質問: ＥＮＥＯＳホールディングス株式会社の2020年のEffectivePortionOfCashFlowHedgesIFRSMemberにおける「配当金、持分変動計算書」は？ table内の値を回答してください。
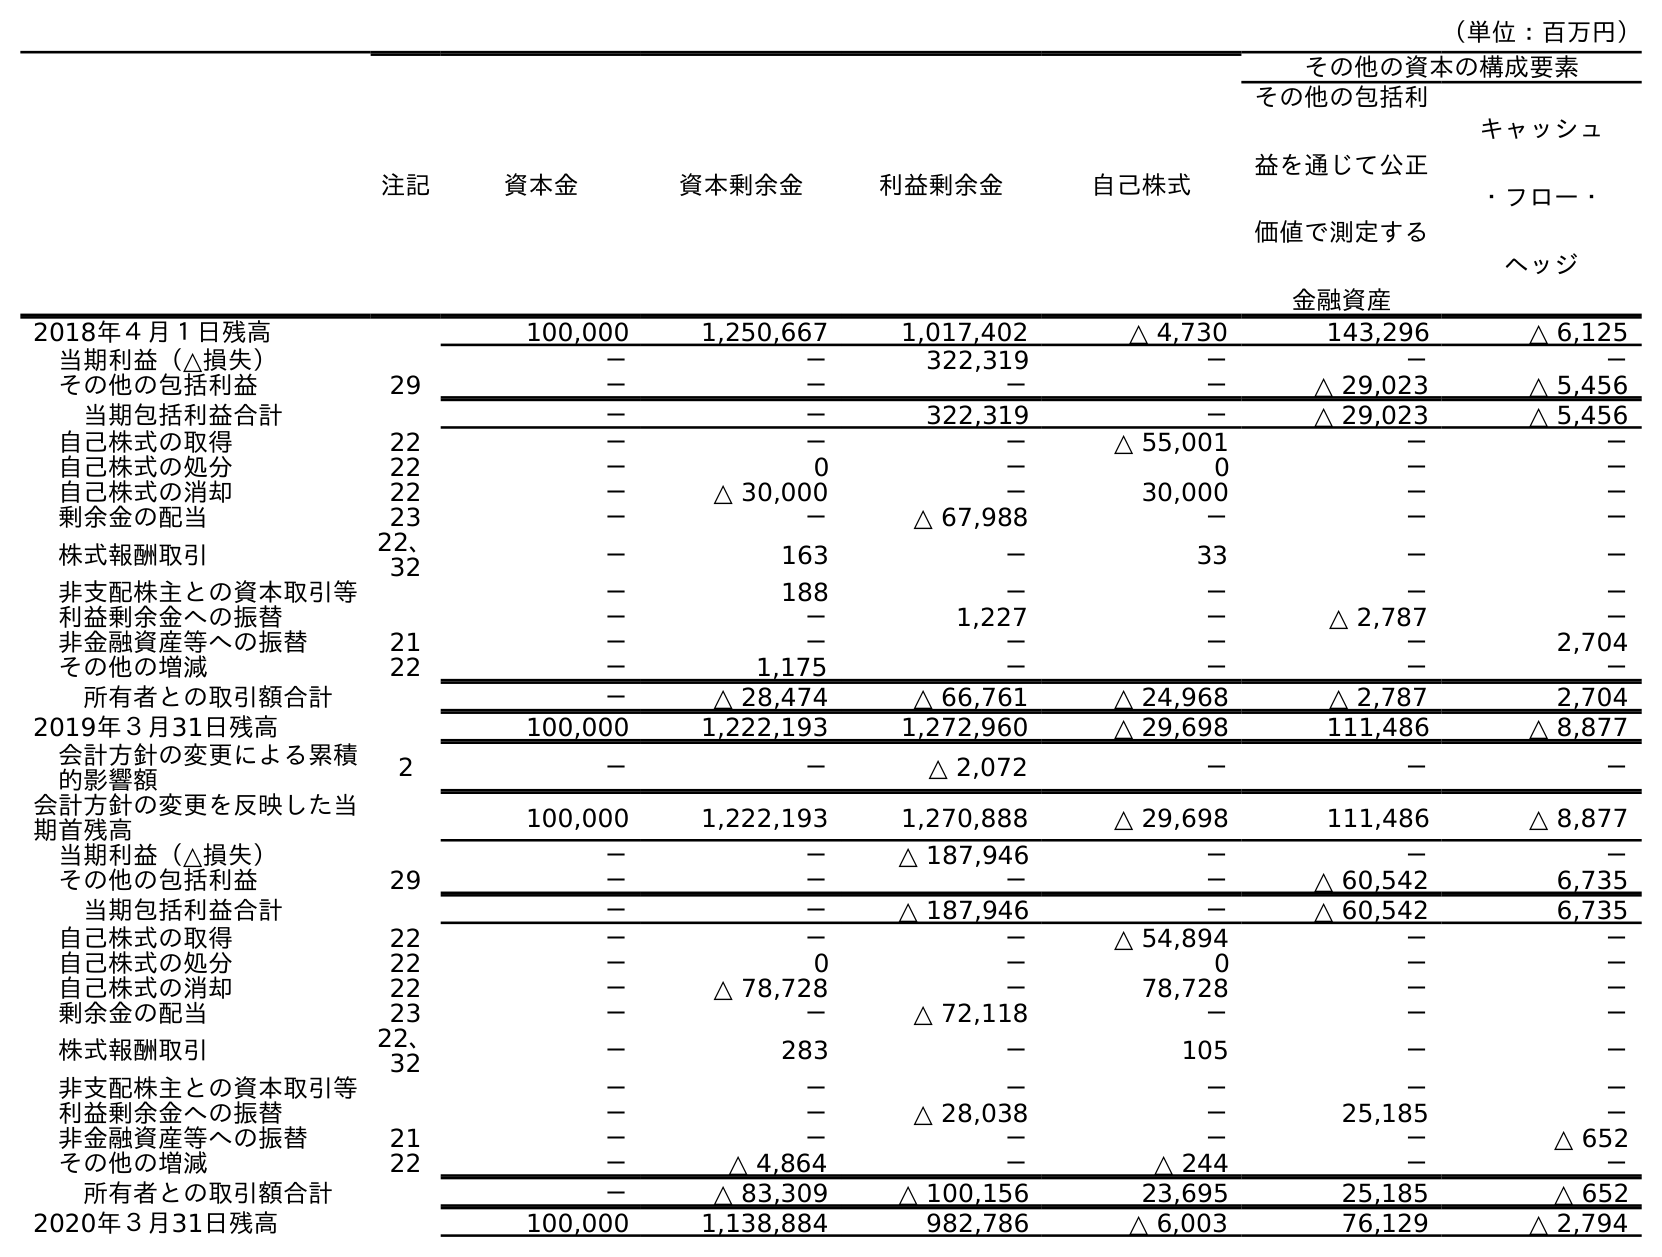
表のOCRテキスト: （単位：百万円） 注記 資本金 資本剰余金 利益剰余金 自己株式 その他の資本の構成要素 その他の包括利 益を通じて公正 価値で測定する 金融資産 キャッシュ ・フロー・ ヘッジ 2018年４月１日残高 100,000 1,250,667 1,017,402 △ 4,730 143,296 △ 6,125 当期利益（△損失） － － 322,319 － － － その他の包括利益 29 － － － － △ 29,023 △ 5,456 当期包括利益合計 － － 322,319 － △ 29,023 △ 5,456 自己株式の取得 22 － － － △ 55,001 － － 自己株式の処分 22 － 0 － 0 － － 自己株式の消却 22 － △ 30,000 － 30,000 － － 剰余金の配当 23 － － △ 67,988 － － － 株式報酬取引 22、 32 － 163 － 33 － － 非支配株主との資本取引等 － 188 － － － － 利益剰余金への振替 － － 1,227 － △ 2,787 － 非金融資産等への振替 21 － － － － － 2,704 その他の増減 22 － 1,175 － － － － 所有者との取引額合計 － △ 28,474 △ 66,761 △ 24,968 △ 2,787 2,704 2019年３月31日残高 100,000 1,222,193 1,272,960 △ 29,698 111,486 △ 8,877 会計方針の変更による累積 的影響額 2 － － △ 2,072 － － － 会計方針の変更を反映した当 期首残高 100,000 1,222,193 1,270,888 △ 29,698 111,486 △ 8,877 当期利益（△損失） － － △ 187,946 － － － その他の包括利益 29 － － － － △ 60,542 6,735 当期包括利益合計 － － △ 187,946 － △ 60,542 6,735 自己株式の取得 22 － － － △ 54,894 － － 自己株式の処分 22 － 0 － 0 － － 自己株式の消却 22 － △ 78,728 － 78,728 － － 剰余金の配当 23 － － △ 72,118 － － － 株式報酬取引 22、 32 － 283 － 105 － － 非支配株主との資本取引等 － － － － － － 利益剰余金への振替 － － △ 28,038 － 25,185 － 非金融資産等への振替 21 － － － － － △ 652 その他の増減 22 － △ 4,864 － △ 244 － － 所有者との取引額合計 － △ 83,309 △ 100,156 23,695 25,185 △ 652 2020年３月31日残高 100,000 1,138,884 982,786 △ 6,003 76,129 △ 2,794
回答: －